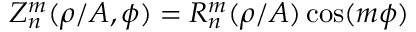
Z _ { n } ^ { m } ( \rho / A , \phi ) = R _ { n } ^ { m } ( \rho / A ) \cos ( m \phi )